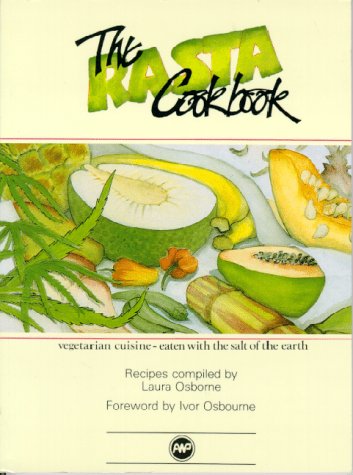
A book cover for The Rasta Cookbook: Vegetarian Cuisine; Laura Osborne; Cookbooks, Food & Wine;